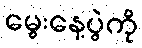
မွေးနေ့ပွဲကို